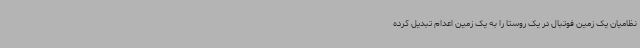
نظامیان یک زمین فوتبال در یک روستا را به یک زمین اعدام تبدیل کرده